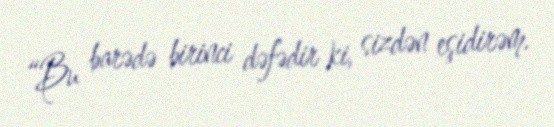
“Bu barədə birinci dəfədir ki, sizdən eşidirəm.